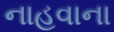
નાહવાના